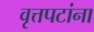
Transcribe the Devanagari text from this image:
वृत्तपटांना